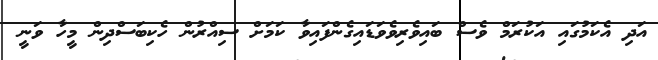
އަދި އެކަމުގައި އަކުރަމް ވެސް ބައިވެރިވެވަޑައިގެންފައިވާ ކަމަށް ސިއްރުން ހެކިބަސްދިން މީހާ ވަނީ